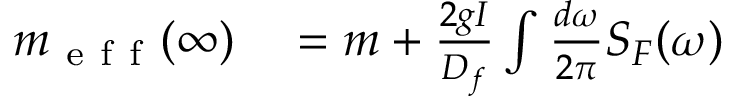
\begin{array} { r l } { m _ { \mathrm { ~ e ~ f ~ f ~ } } ( \infty ) } & { { } = m + \frac { 2 g I } { D _ { f } } \int \frac { d \omega } { 2 \pi } S _ { F } ( \omega ) } \end{array}